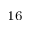
^ { 1 6 }